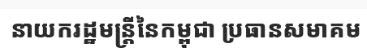
នាយករដ្ឋមន្ត្រីនៃកម្ពុជា ប្រធានសមាគម